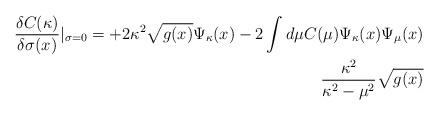
LaTeX: \begin{align*}\frac{\delta C(\kappa)}{\delta \sigma(x)} |_{\sigma=0} = +2 \kappa^2 \sqrt{g(x)} \Psi_{\kappa}(x) -2 \int d \mu C(\mu) \Psi_{\kappa} (x) \Psi_{\mu}(x) \\ \frac{\kappa^2}{\kappa^2 -\mu^2} \sqrt{g(x)}\end{align*}